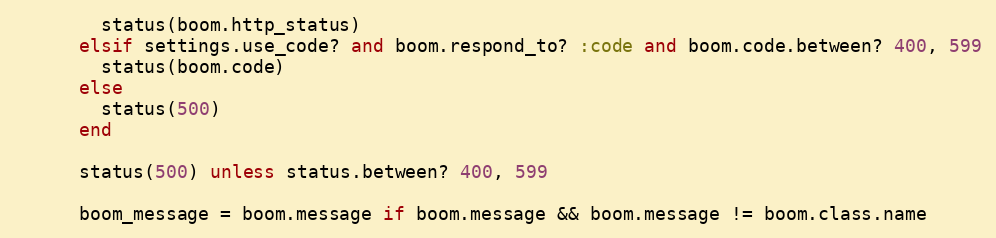
Language: Ruby
        status(boom.http_status)
      elsif settings.use_code? and boom.respond_to? :code and boom.code.between? 400, 599
        status(boom.code)
      else
        status(500)
      end

      status(500) unless status.between? 400, 599

      boom_message = boom.message if boom.message && boom.message != boom.class.name